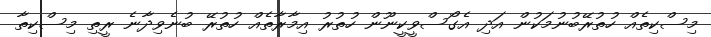
މިސްކިތެއް ހުތުރޭބުނުމަކުން އަދި އެގޯސްވީކީނޫން ހުތުރު އިމާރާތެއް ހުތުރޭ ބުނެވިދާނެ ރީތި މިސްކިތާ